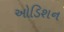
ઓડિશન